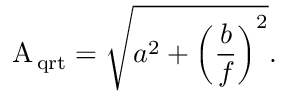
{ \mathrm { A _ { \, q r t } } } = \sqrt { a ^ { 2 } + \left( \frac { b } { f } \right) ^ { 2 } } .